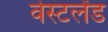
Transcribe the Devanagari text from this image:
वेस्टलेंड